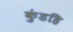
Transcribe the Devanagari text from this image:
कुंडहि